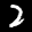
Label: 2